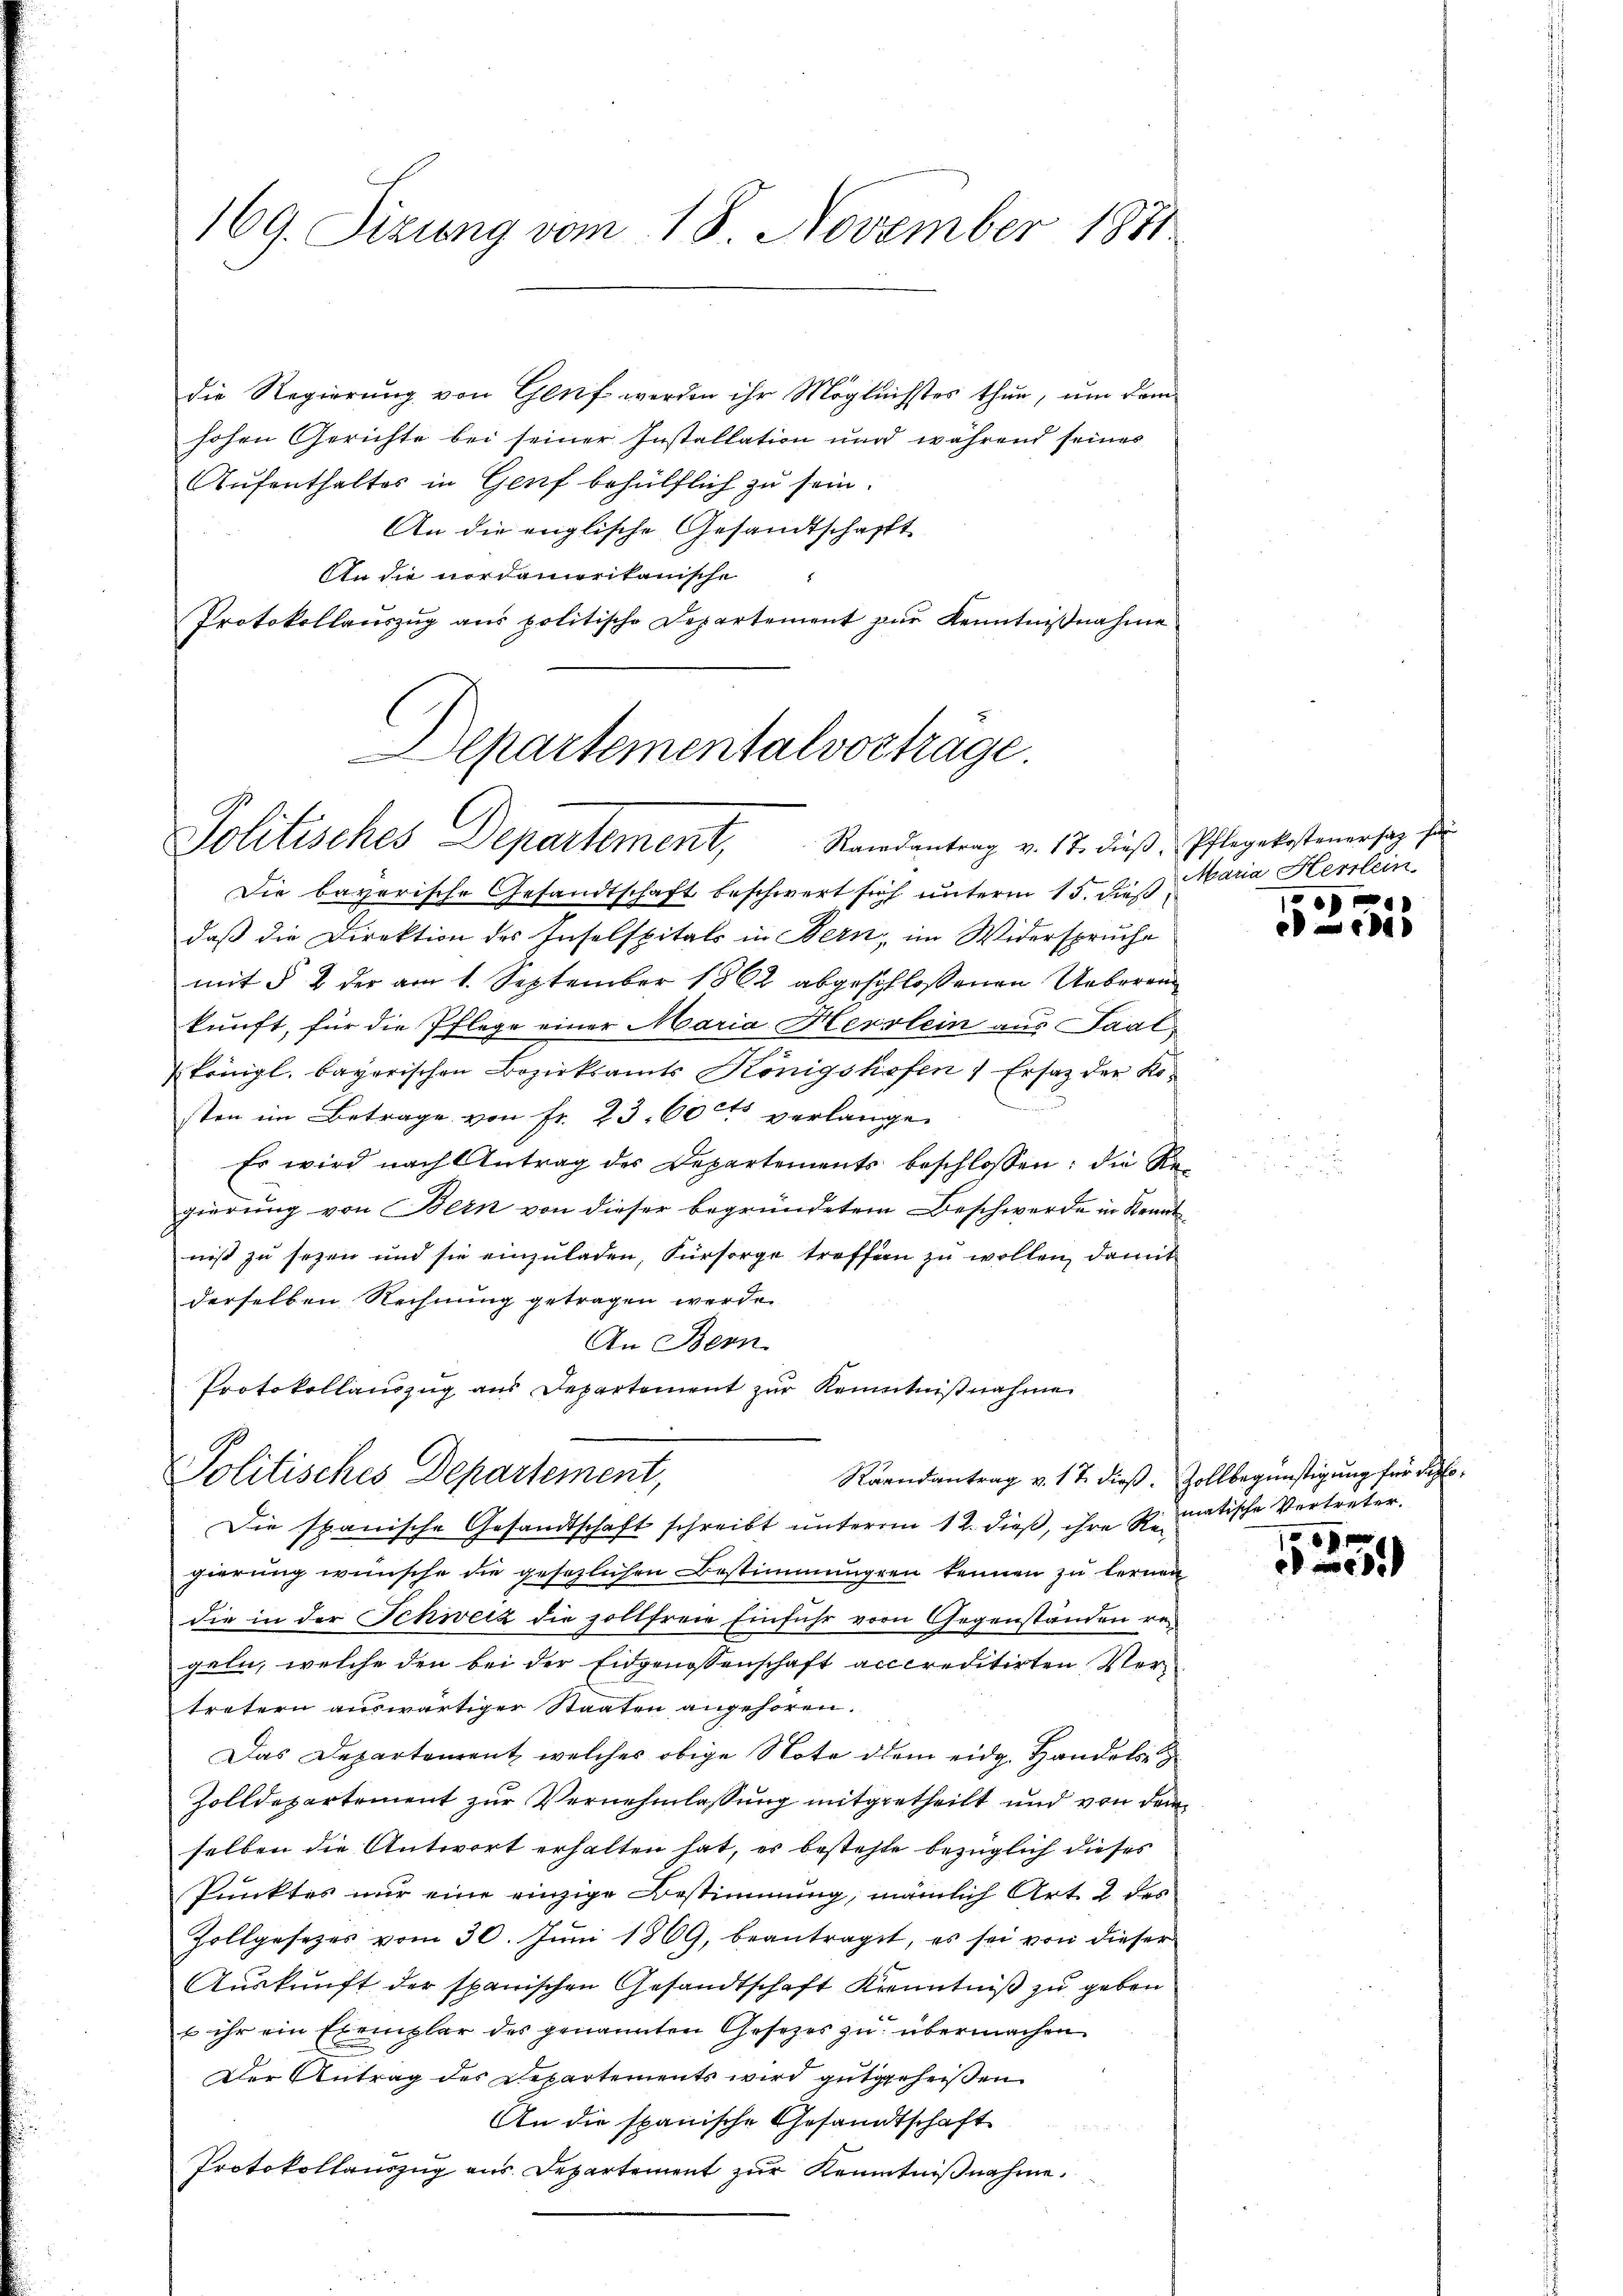
169. Sizung vom 18. November 1881

die Regierung von Genf werden ihr Möglichstes thun, um dem
hohen Gerichte bei seiner Installation und während seines
Aufenthaltes in Genf behülflich zu sein.
An die englische Gesandtschafft
An die nordamerikanische
Protokollauszug aus politische Departement zur Kenntnißnahme

Departementalvortrage.
Politisches Departement, Randantrag v. 17. dieβ. Pflegekostenersatz zu

Protokollauszug aus Departement zur Kenntnißnahme
Politisches Departement,

Die bayerische Gesandtschaft beschwert sich unterm 15. dieß
daß die Direktion des Inselspitals in Bern, im Widerspruche
mit § 2 der am 1. September 1862 abgeschlossenen Ueberen
kunft, für die Pflege einer Maria Herslein aus Saal,
königl. bayerischen Bezirksamts Königshofen) Ersatz der Kosten im Betrage von Fr. 23. 601 verlangen.
Es wird nach Antrag des Departements beschlossen: die Regierung von Bern von dieser begründetem Beschwerde in Kenntniß zu sezen und sie einzuladen, Fürsorge treffen zu wollen, damit
derselben Rechnung getragen werde.
An Bern
Die spanische Gesandtschaft schreibt unterm 12. dieß, ihre Streitische Vertreter
gierung wünsche die gesezlichen Bestimmungen kennen zu lernen
die in der Schweiz die zollfreie Einfuhr vor Gegenständen regeln, welche den bei der Eidgenossenschaft acccreditirten Vertretern auswärtiger Staaten angehören.
Das Departement welches obige Note dem eidg. Handels
Zolldepartement zur Vernehmlassung mitgetheilt und von dem
selben die Antwort erhalten hat, es bestehte bezüglich dieses
Punktes nur eine einzige Bestimmung, nämlich Art. 2 des
Zollgesetzes vom 30. Jŭni 1869, beantraget, es sei von dieser
Auskunft der spanischen Gesandtschaft Kenntniß zu geben
s ihr ein Exemplar des genannten Gesetzes zu übermachen
Der Antrag des Departements wird gutgeheissen
An die spanische Gesandtschaft
Protokollauszug aus Departement zur Kenntnißnahme.

Raandantrag v. 17. dieß. Zollbegünstigung für diplo¬

Maria Hesslein
r

1